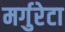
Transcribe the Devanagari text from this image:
मर्गुरेटा